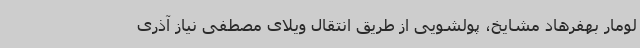
لومار بهفرهاد مشایخ، پولشویی از طریق انتقال ویلای مصطفی نیاز آذری